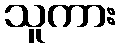
သူကား